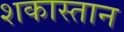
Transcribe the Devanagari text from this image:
शकास्तान